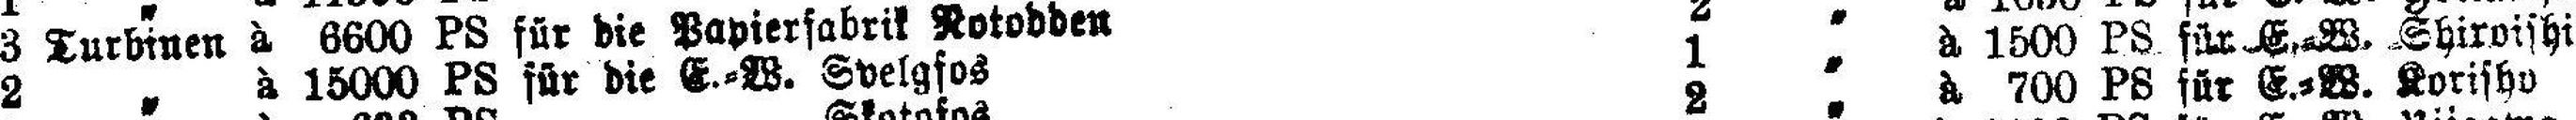
2 „ à 15000 PS für die E.-W. Svelgfos 1 „ à 1500 PS füx E.=W. Shiroishi